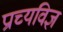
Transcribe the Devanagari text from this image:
प्राच्यविज्ञ